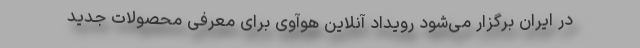
در ایران برگزار می‌شود رویداد آنلاین هوآوی برای معرفی محصولات جدید